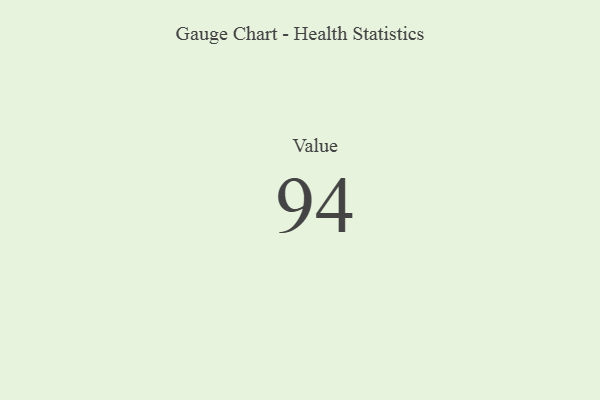
{"axis": {"x": "Metric", "y": "Value"}, "legend": [""], "data": [{"x": "Value", "y": 94, "type": ""}]}